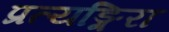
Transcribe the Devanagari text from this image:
प्रत्यङ्गिरा